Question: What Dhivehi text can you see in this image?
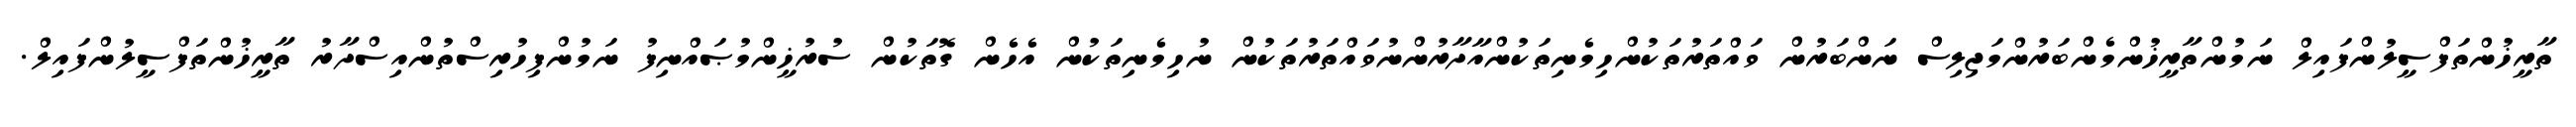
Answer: ތާރީޚުންތަފްސީލުންފައިލް ނަމުންތާރީޚުންމެންބަރުންމަޖިލިސް ނަންބަރުން ވައްތަރުތަކުންހިމެނިތަކުންއާދާރުންނުވައްތަރުތަކުން ނުހިމެނިތަކުން އެހެން ގޮތަކުން ސުރުޚީންމުޞައްނިފު ނަމުންފިހުރިސްތުންއިސްދާރު ތާރީޚުންތަފްސީލުންފައިލް.